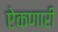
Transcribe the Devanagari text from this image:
ऐकणारी